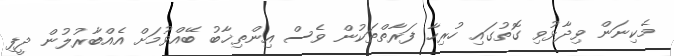
މެކިނަން ވިދާޅުވި ގޮތުގައި ހުރިހާ ފަރާތްތަކުން ވެސް އިންތިޚާބު ބޭއްވުމަށް އެއްބާރުލުން ދީފި